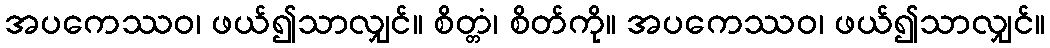
အပကေဿဝ၊ ဖယ်၍သာလျှင်။ စိတ္တံ၊ စိတ်ကို။ အပကေဿဝ၊ ဖယ်၍သာလျှင်။